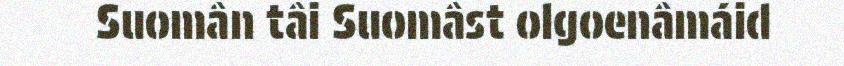
Suomân tâi Suomâst olgoenâmáid